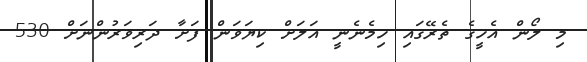
މި ލޯން އެހީގެ ތެރޭގައި ހިމެނެނީ އަލަށް ކިޔަވަން ފަށާ ދަރިވަރުންނަށް 530